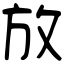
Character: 放